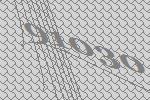
91030